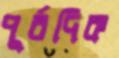
পূর্বদিক